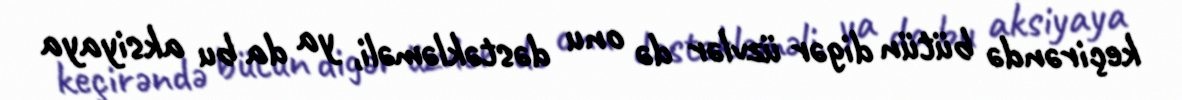
keçirəndə bütün digər üzvlər də onu dəstəkləməli, ya da bu aksiyaya